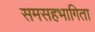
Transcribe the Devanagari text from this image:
समसहभागिता